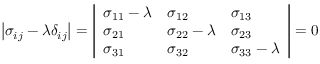
\left| \sigma _ { i j } - \lambda \delta _ { i j } \right| = { \left| \begin{array} { l l l } { \sigma _ { 1 1 } - \lambda } & { \sigma _ { 1 2 } } & { \sigma _ { 1 3 } } \\ { \sigma _ { 2 1 } } & { \sigma _ { 2 2 } - \lambda } & { \sigma _ { 2 3 } } \\ { \sigma _ { 3 1 } } & { \sigma _ { 3 2 } } & { \sigma _ { 3 3 } - \lambda } \end{array} \right| } = 0